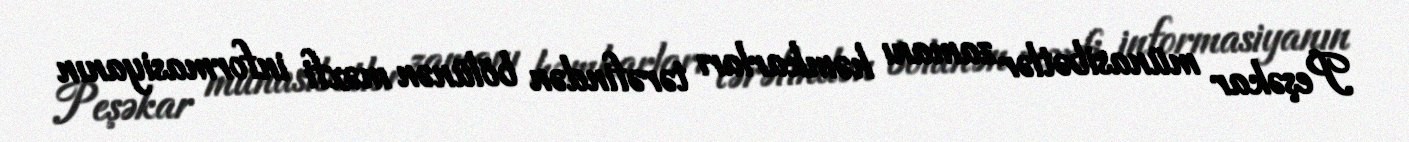
Peşəkar münasibətlər zamanı həmkarları tərəfindən bölünən məxfi informasiyanın